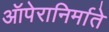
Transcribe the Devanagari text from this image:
ऑपेरानिर्माते